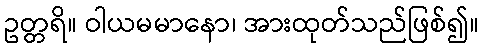
ဥတ္တရိ။ ဝါယမမာနော၊ အားထုတ်သည်ဖြစ်၍။